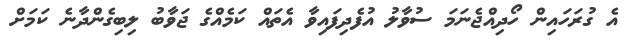
އެ ގުރަހައިން ހޯދިއްޖެނަމަ ސުވާލު އުފެދިފައިވާ އެތައް ކަމެއްގެ ޖަވާބު ލިބިގެންދާނެ ކަމަށް